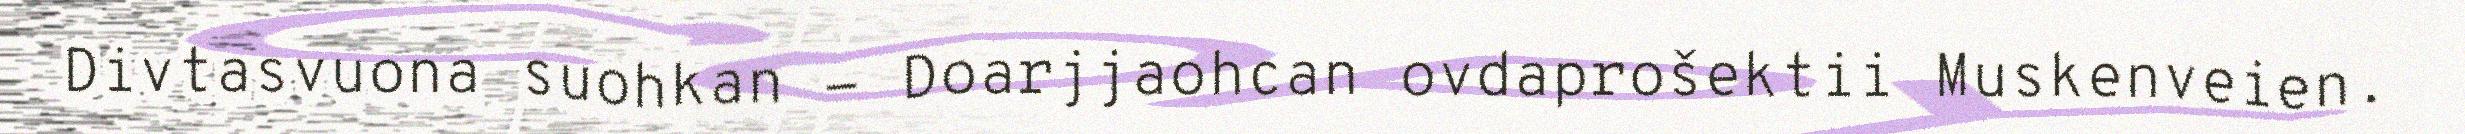
Divtasvuona suohkan - Doarjjaohcan ovdaprošektii Muskenveien.